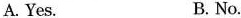
A. Yes. B.No.